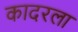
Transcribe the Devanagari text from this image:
कादरला